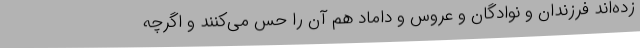
زده‌اند فرزندان و نوادگان و عروس و داماد هم آن را حس می‌کنند و اگرچه